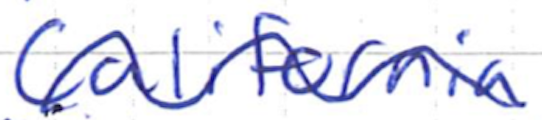
Text: California,
Cross-out: wave
Writing tool: ballpoint